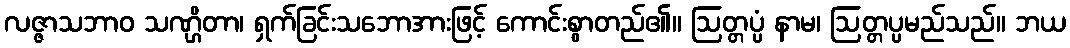
လဇ္ဇာသဘာဝ သဏ္ဌိတာ၊ ရှက်ခြင်းသဘောအားဖြင့် ကောင်းစွာတည်၏။ ဩတ္တပ္ပံ နာမ၊ ဩတ္တပ္ပမည်သည်။ ဘယ